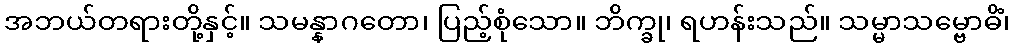
အဘယ်တရားတို့နှင့်။ သမန္နာဂတော၊ ပြည့်စုံသော။ ဘိက္ခု၊ ရဟန်းသည်။ သမ္မာသမ္ဗောဓိံ၊